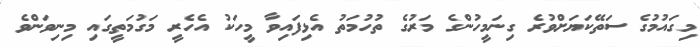
މިގައުމުގެ ސަތޭކަޔަށްވުރެ ގިނަމީހުންގެ މަރުގެ ތުހުމަތު އެޅިފައިވާ މީހަކު އެހެރީ މަގުމަތީގައި މިނިވަންވެ